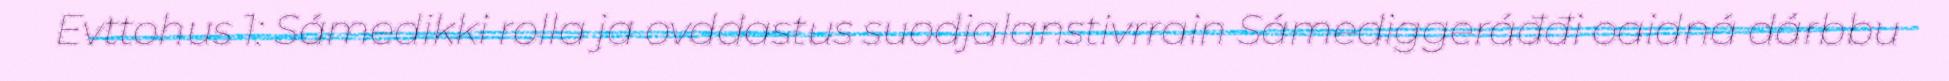
Evttohus 1: Sámedikki rolla ja ovddastus suodjalanstivrrain Sámediggeráđđi oaidná dárbbu